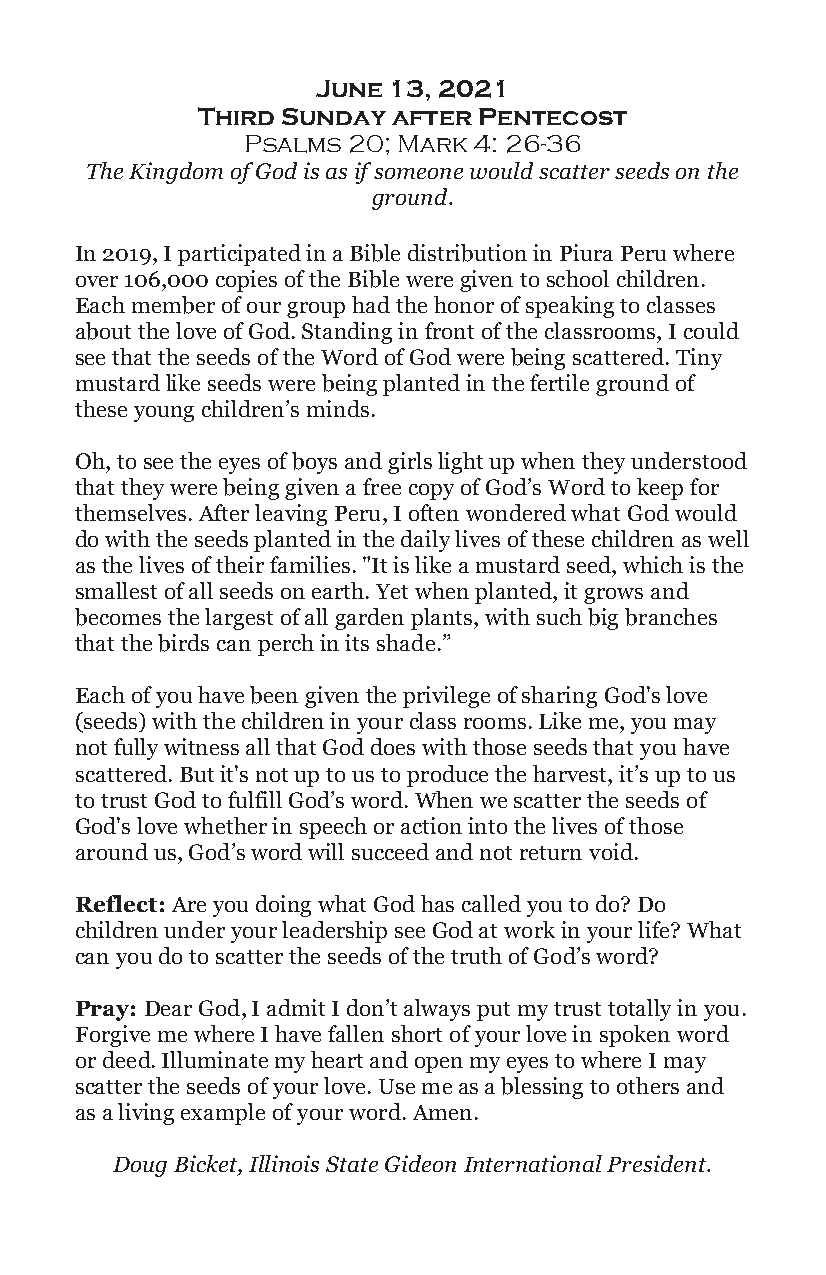
June 13, 2021
 Third Sunday after Pentecost
 Psalms 20; Mark 4: 26-36
 The Kingdom of God is as if someone would scatter seeds on the
 ground.
 In 2019, I participated in a Bible distribution in Piura Peru where
 over 106,000 copies of the Bible were given to school children.
 Each member of our group had the honor of speaking to classes
 about the love of God. Standing in front of the classrooms, I could
 see that the seeds of the Word of God were being scattered. Tiny
 mustard like seeds were being planted in the fertile ground of
 these young children’s minds.
 Oh, to see the eyes of boys and girls light up when they understood
 that they were being given a free copy of God’s Word to keep for
 themselves. After leaving Peru, I often wondered what God would
 do with the seeds planted in the daily lives of these children as well
 as the lives of their families. "It is like a mustard seed, which is the
 smallest of all seeds on earth. Yet when planted, it grows and
 becomes the largest of all garden plants, with such big branches
 that the birds can perch in its shade.”
 Each of you have been given the privilege of sharing God's love
 (seeds) with the children in your class rooms. Like me, you may
 not fully witness all that God does with those seeds that you have
 scattered. But it's not up to us to produce the harvest, it’s up to us
 to trust God to fulfill God’s word. When we scatter the seeds of
 God's love whether in speech or action into the lives of those
 around us, God’s word will succeed and not return void.
 Reflect: Are you doing what God has called you to do? Do
 children under your leadership see God at work in your life? What
 can you do to scatter the seeds of the truth of God’s word?
 Pray: Dear God, I admit I don’t always put my trust totally in you.
 Forgive me where I have fallen short of your love in spoken word
 or deed. Illuminate my heart and open my eyes to where I may
 scatter the seeds of your love. Use me as a blessing to others and
 as a living example of your word. Amen.
 Doug Bicket, Illinois State Gideon International President.